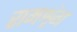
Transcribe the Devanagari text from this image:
रामशृंग